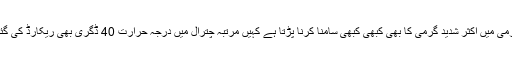
اور گرمی میں اکثر شدید گرمی کا بھی کبھی کبھی سامنا کرنا پڑتا ہے کہیں مرتبہ چترال میں درجہ حرارت 40 ڈگری بھی ریکارڈ کی گئی ہے۔